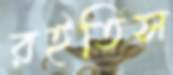
রইতিস